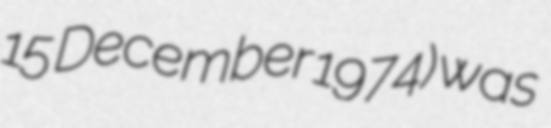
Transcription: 15 December 1974) was